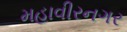
મહાવીરનગર